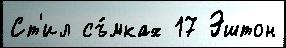
Ст'ил съ́мках 17 Эштон